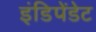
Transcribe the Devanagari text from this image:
इंडिपेंडेट